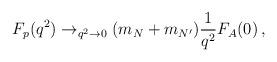
LaTeX: \begin{align*}F_{p}(q^{2})\to_{q^{2}\rightarrow0}(m_{N}+m_{N^{\prime }})\frac{1}{q^{2}}F_{A}(0)\, ,\end{align*}